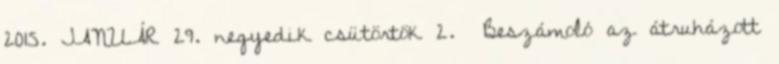
2015. JANUÁR 29. negyedik csütörtök 2. Beszámoló az átruházott